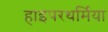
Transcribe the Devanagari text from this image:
हाइपरथर्मिया